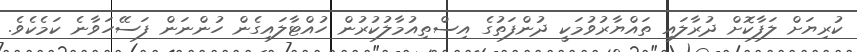
ކުރިޔަށް ލަފާކޮށް ދުރާލައި ތައްޔާރުވުމަކީ ދުންފަތުގެ އިސްތިއުމާލުކުރުން ހުއްޓާލައިގެން ހުންނަން ފަސޭހަވާނެ ކަމެކެވެ.